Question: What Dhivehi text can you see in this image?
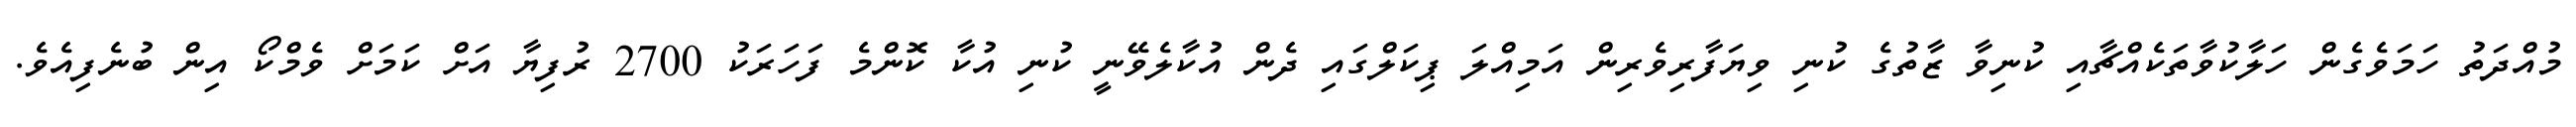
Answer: މުއްދަތު ހަމަވެގެން ހަލާކުވާތަކެއްޗާއި ކުނިވާ ޒާތުގެ ކުނި ވިޔަފާރިވެރިން އަމިއްލަ ޕިކަލްގައި ދެން އުކާލެވޭނީ ކުނި އުކާ ކޮންމެ ފަހަރަކު 2700 ރުފިޔާ އަށް ކަމަށް ވެމްކޯ އިން ބުނެފިއެވެ.